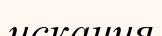
искания